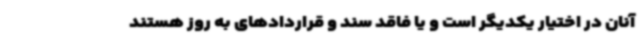
آنان در اختیار یکدیگر است و یا فاقد سند و قراردادهای به روز هستند